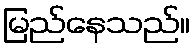
မြည်နေသည်။